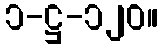
၁-ဋ္ဌ-၁၂၀။